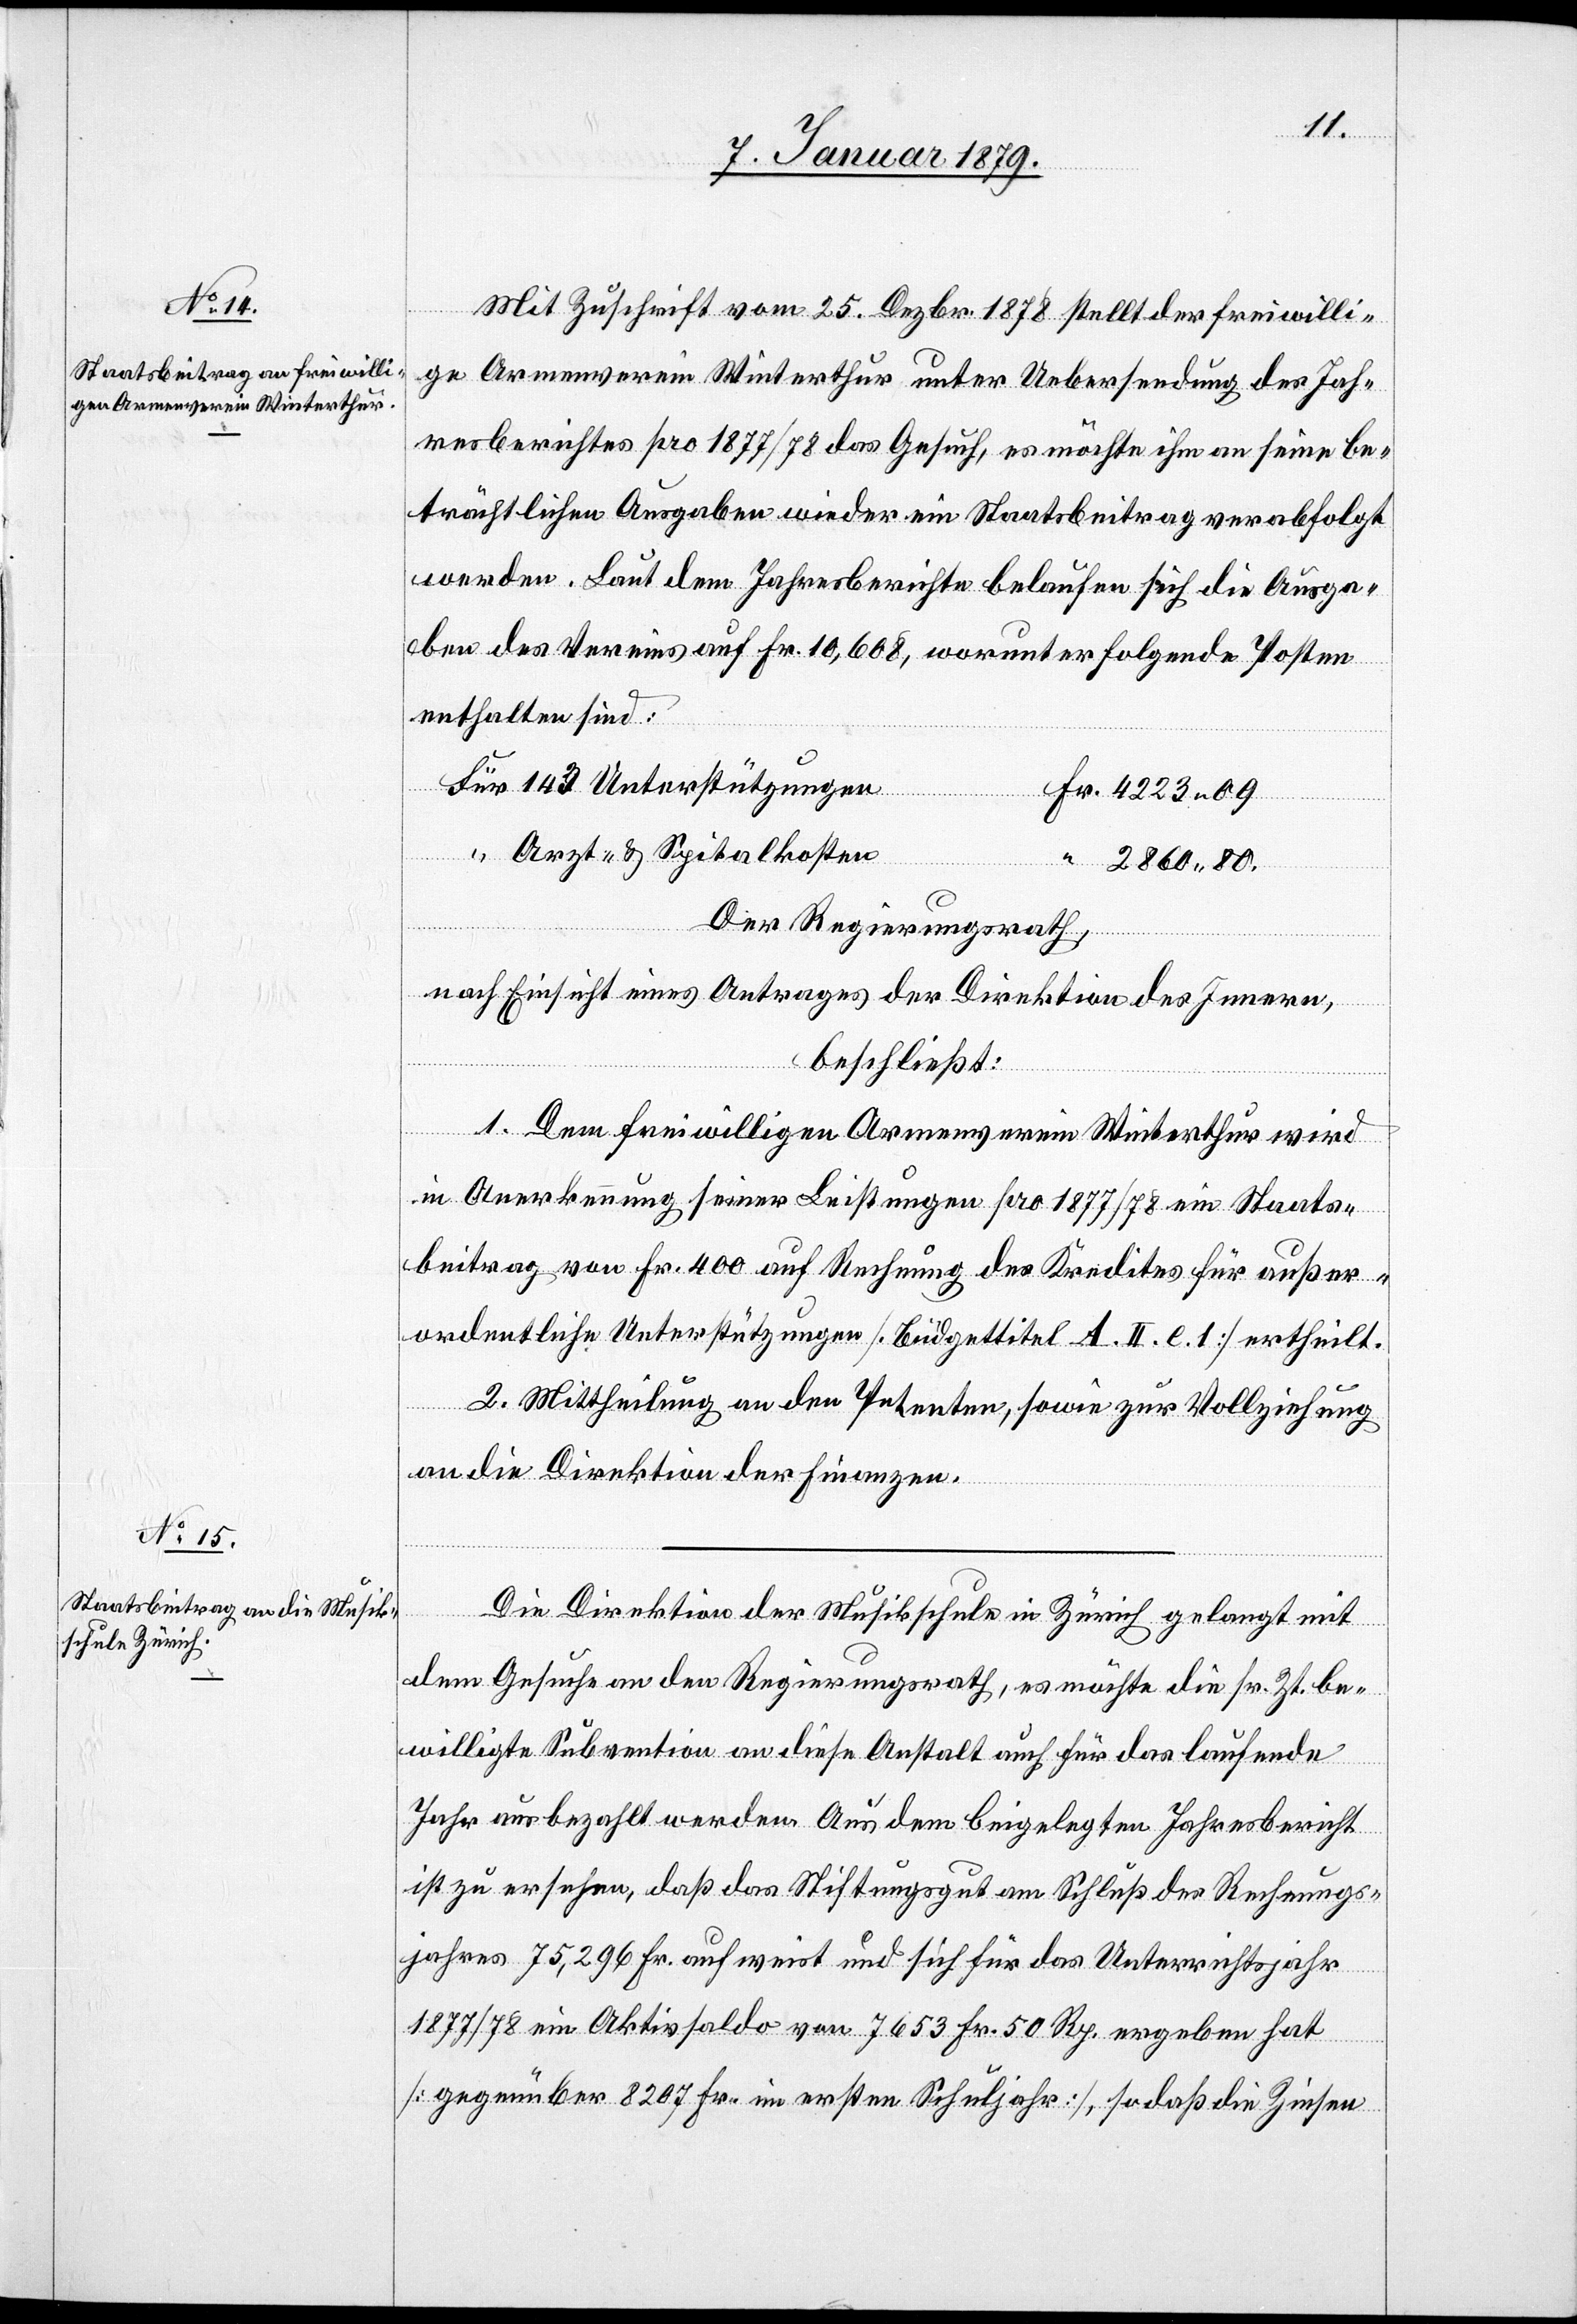
Mit Zuschrift vom 25. Dezbr. 1878 stellt der freiwilli¬
ge Armenverein Winterthur unter Uebersendung des Jah¬
resberichtes pro 1877/78 das Gesuch, es möchte ihm an seine be¬
trächtlichen Ausgaben wieder ein Staatsbeitrag verabfolgt
werden. Laut dem Jahresberichte belaufen sich die Ausga¬
ben des Vereins auf Fr. 10,608, worunter folgende Posten
enthalten sind:
“
Arzt- & Spitalkosten
2860.80.
Der Regierungsrath,
nach Einsicht eines Antrages der Direktion des Innern,
beschließt:
a. Dem freiwilligen Armenverein Winterthur wird
in Anerkennung seiner Leistungen pro 1877/78 ein Staats¬
beitrag von Fr. 400 auf Rechnung des Kredites für außer¬
ordentliche Unterstützungen [Büdgettitel A. II. c. 1] ertheilt.
2. Mittheilung an den Petenten, sowie zur Vollziehung
an die Direktion der Finanzen.
Die Direktion der Musikschule in Zürich gelangt mit
dem Gesuche an den Regierungsrath, es möchte die sr. Zt. be¬
willigte Subvention an diese Anstalt auch für das laufende
Jahr ausbezahlt werden. Aus dem beigelegten Jahresbericht
ist zu ersehen, daß das Stiftungsgut am Schluß des Rechnungs¬
jahres 75,296 Fr. aufweist und sich für das Unterrichtsjahr
Fr.
1877/78 ein Aktivsaldo von 7653 Fr. 50 Rp. ergeben hat
[gegenüber 8207 Fr. im ersten Schuljahr], sodaß die Zinsen